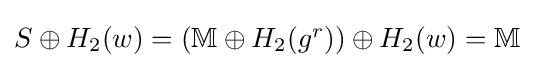
\textstyle S\oplus H_{2}(w)=(\mathbb {M} \oplus H_{2}(g^{r}))\oplus H_{2}(w)=\mathbb {M}